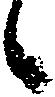
候